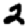
Digit: 2